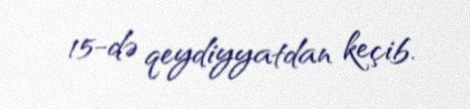
15-də qeydiyyatdan keçib.